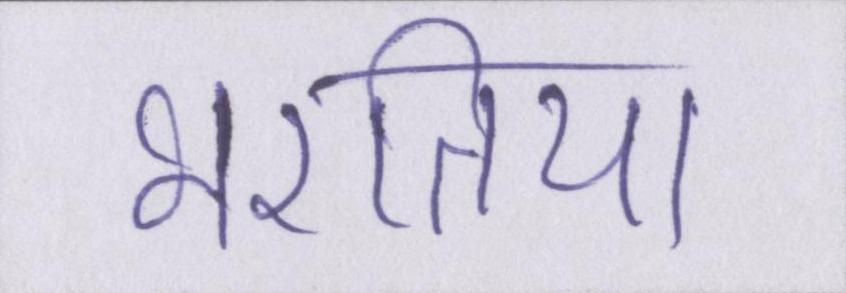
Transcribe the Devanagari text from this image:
भरतिया